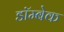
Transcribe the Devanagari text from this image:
डॉम्बेक